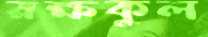
রক্ষকুল